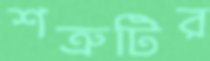
শত্রুটির